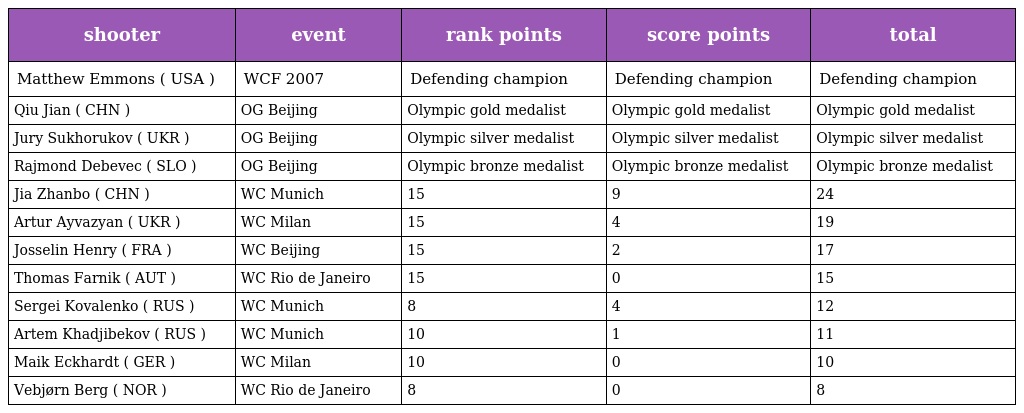
| shooter | event | rank points | score points | total |
 | --- | --- | --- | --- | --- |
 | Matthew Emmons ( USA ) | WCF 2007 | Defending champion | Defending champion | Defending champion |
 | Qiu Jian ( CHN ) | OG Beijing | Olympic gold medalist | Olympic gold medalist | Olympic gold medalist |
 | Jury Sukhorukov ( UKR ) | OG Beijing | Olympic silver medalist | Olympic silver medalist | Olympic silver medalist |
 | Rajmond Debevec ( SLO ) | OG Beijing | Olympic bronze medalist | Olympic bronze medalist | Olympic bronze medalist |
 | Jia Zhanbo ( CHN ) | WC Munich | 15 | 9 | 24 |
 | Artur Ayvazyan ( UKR ) | WC Milan | 15 | 4 | 19 |
 | Josselin Henry ( FRA ) | WC Beijing | 15 | 2 | 17 |
 | Thomas Farnik ( AUT ) | WC Rio de Janeiro | 15 | 0 | 15 |
 | Sergei Kovalenko ( RUS ) | WC Munich | 8 | 4 | 12 |
 | Artem Khadjibekov ( RUS ) | WC Munich | 10 | 1 | 11 |
 | Maik Eckhardt ( GER ) | WC Milan | 10 | 0 | 10 |
 | Vebjørn Berg ( NOR ) | WC Rio de Janeiro | 8 | 0 | 8 |